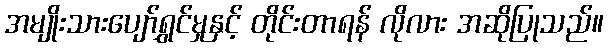
အမျိုးသားပျော်ရွှင်မှုနှင့် တိုင်းတာရန် လိုလား အဆိုပြုသည်။